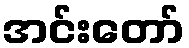
အင်းတော်